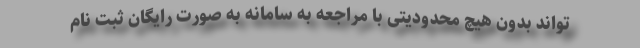
‌تواند بدون هیچ محدودیتی با مراجعه به سامانه به صورت رایگان ثبت نام